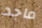
ماجد